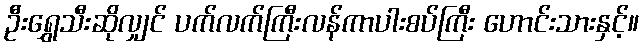
ဦးရွှေသီးဆိုလျှင် ပက်လက်ကြီးလန်ကာပါးစပ်ကြီး ဟောင်းသားနှင့်။